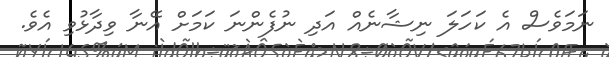
ނަމަވެސް އެ ކަހަލަ ނިޝާނެއް އަދި ނުފެންނަ ކަމަށް އޭނާ ވިދާޅުވި އެވެ.